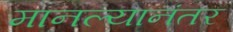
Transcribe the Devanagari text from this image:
मानल्यानंतर